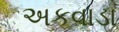
અકવાડા